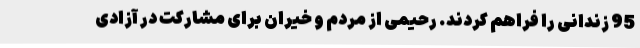
95 زندانی را فراهم کردند. رحیمی از مردم و خیران برای مشارکت در آزادی